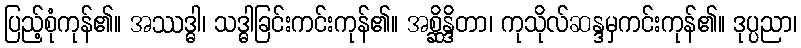
ပြည့်စုံကုန်၏။ အဿဒ္ဓါ၊ သဒ္ဓါခြင်းကင်းကုန်၏။ အစ္ဆိန္ဒိတာ၊ ကုသိုလ်ဆန္ဒမှကင်းကုန်၏။ ဒုပ္ပညာ၊